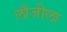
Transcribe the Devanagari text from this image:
लौजीला